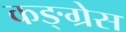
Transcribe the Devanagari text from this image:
कङ्ग्रेस